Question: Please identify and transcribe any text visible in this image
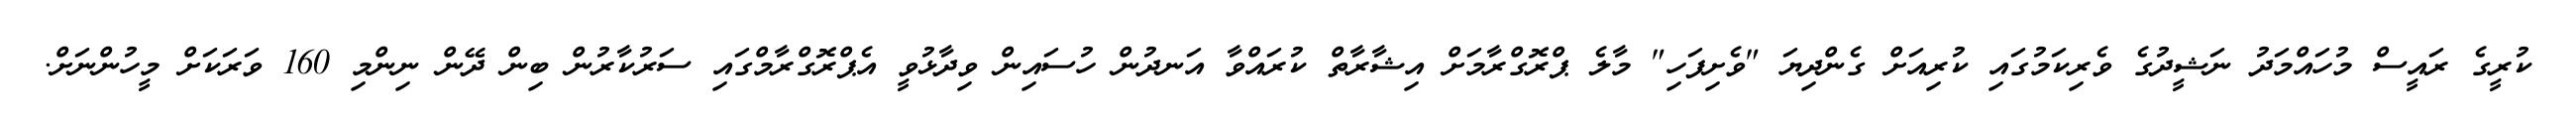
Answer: ކުރީގެ ރައީސް މުހައްމަދު ނަޝީދުގެ ވެރިކަމުގައި ކުރިއަށް ގެންދިޔަ "ވެށިފަހި" މާލެ ޕްރޮގްރާމަށް އިޝާރާތް ކުރައްވާ އަނދުން ހުސައިން ވިދާޅުވީ އެޕްރޮގްރާމްގައި ސަރުކާރުން ބިން ދޭން ނިންމި 160 ވަރަކަށް މީހުންނަށް.